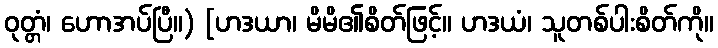
ဝုတ္တံ၊ ဟောအပ်ပြီ။) [ဟဒယာ၊ မိမိ၏စိတ်ဖြင့်။ ဟဒယံ၊ သူတစ်ပါးစိတ်ကို။